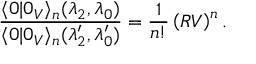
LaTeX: \frac { \langle 0 | 0 _ { V } \rangle _ { n } ( \lambda _ { 2 } , \lambda _ { 0 } ) } { \langle 0 | 0 _ { V } \rangle _ { n } ( { \lambda } _ { 2 } ^ { \prime } , { \lambda } _ { 0 } ^ { \prime } ) } = \frac { 1 } { n ! } \left( R V \right) ^ { n } .